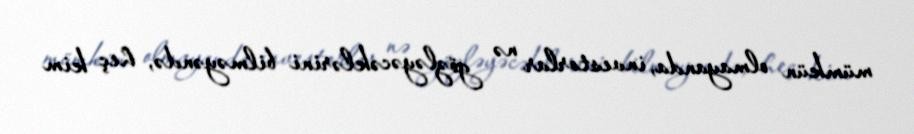
mümkün olmayanda, investorlar nə gözləyəcəklərini bilməyəndə, heç kim